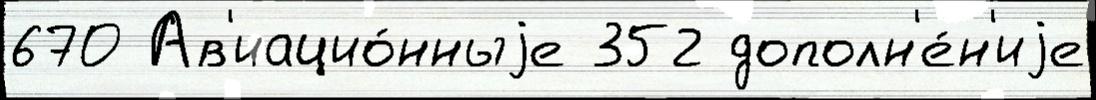
670 Ав'иацио́нныjе 352 дополн'е́н'иjе